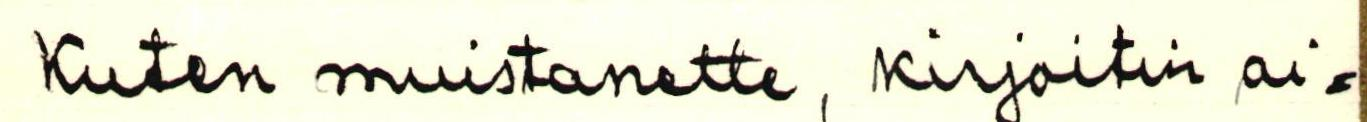
Kuten muistanette, Kirjoitin ai=